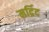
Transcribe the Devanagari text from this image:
मर्द्रिद